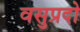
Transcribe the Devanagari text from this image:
वसुप्रदो